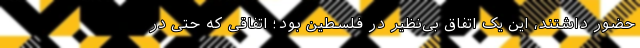
حضور داشتند، این یک اتفاق بی‌نظیر در فلسطین بود؛ اتفاقی که حتی در